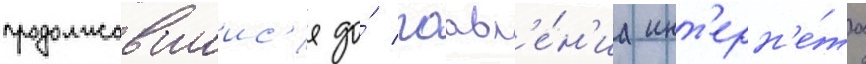
продолжавшиис'я до́ поавл'е́н'иа инт'ерн'е́та